Civil Veterinary Dept. Bombay admin report 1914-1922 - 1914-1922
Year: 1914
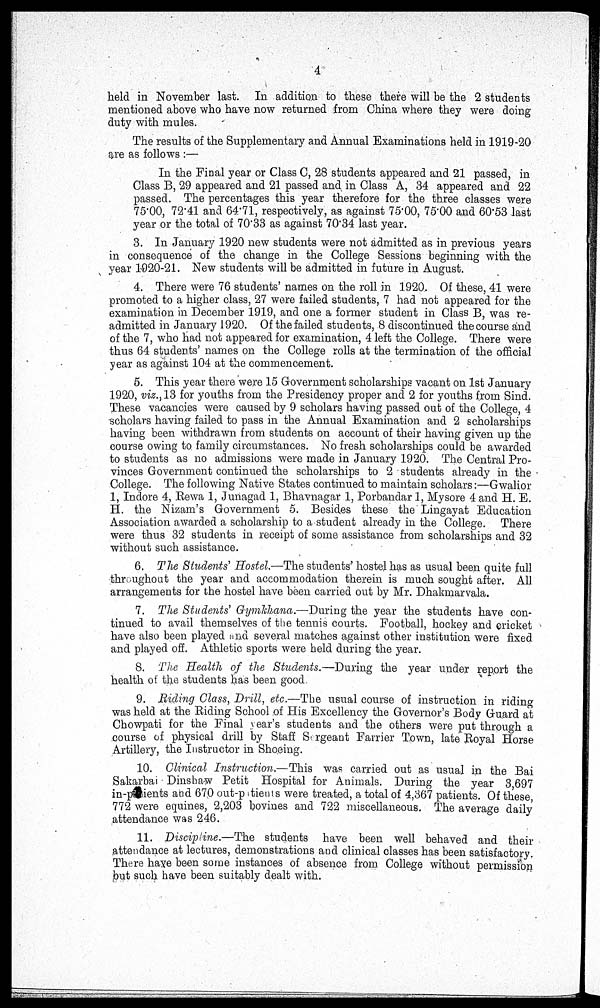
4
held in November last. In addition to these there will be the 2 students
mentioned above who have now returned from China where they were doing
duty with mules.
The results of the Supplementary and Annual Examinations held in 1919-20
are as follows :—
In the Final year or Class C, 28 students appeared and 21 passed, in
Class B, 29 appeared and 21 passed and in Class A, 34 appeared and 22
passed. The percentages this year therefore for the three classes were
75.00, 72.41 and 64.71, respectively, as against 75.00, 75.00 and 60.53 last
year or the total of 70.33 as against 70.34 last year.
3. In January 1920 new students were not admitted as in previous years
in consequence of the change in the College Sessions beginning with the
year 1920-21. New students will be admitted in future in August.
4. There were 76 students' names on the roll in 1920. Of these, 41 were
promoted to a higher class, 27 were failed students, 7 had not appeared for the
examination in December 1919, and one a former student in Class B, was re-
admitted in January 1920. Of the failed students, 8 discontinued the course and
of the 7, who had not appeared for examination, 4 left the College. There were
thus 64 students' names on the College rolls at the termination of the official
year as against 104 at the commencement.
5. This year there were 15 Government scholarships vacant on 1st January
1920, viz.,13 for youths from the Presidency proper and 2 for youths from Sind.
These vacancies were caused by 9 scholars having passed out of the College, 4
scholars having failed to pass in the Annual Examination and 2 scholarships
having been withdrawn from students on account of their having given up the
course owing to family circumstances. No fresh scholarships could be awarded
to students as no admissions were made in January 1920. The Central Pro-
vinces Government continued the scholarships to 2 students already in the
College. The following Native States continued to maintain scholars:—Gwalior
1, Indore 4, Rewa 1, Junagad 1, Bhavnagar 1, Porbandar 1, Mysore 4 and H. E.
H. the Nizam's Government 5. Besides these the Lingayat Education
Association awarded a scholarship to a student already in the College. There
were thus 32 students in receipt of some assistance from scholarships and 32
without such assistance.
6. The Students' Hostel.—The students' hostel has as usual been quite full
throughout the year and accommodation therein is much sought after. All
arrangements for the hostel have been carried out by Mr. Dhakmarvala.
7. The Students' Gymkhana.—During the year the students have con-
tinued to avail themselves of the tennis courts. Football, hockey and cricket
have also been played and several matches against other institution were fixed
and played off. Athletic sports were held during the year.
8. The Health of the Students.—During
the year under report the
health of the students has been good
9. Riding Class, Drill, etc.—The usual course of instruction in riding-
was held at the Riding School of His Excellency the Governor's Body Guard at
Chowpati for the Final year's students and the others were put through a
course of physical drill by Staff Surgeant Farrier Town, late Royal Horse
Artillery, the Instructor in Shoeing.
10. Clinical Instruction.—This
was carried out as usual in the Bai
Sakarbai Dinshaw Petit Hospital for Animals. During the year 3,697
in-patients and 670 out-patients were treated, a total of 4,367 patients. Of these,
772 were equines, 2,203 bovines and 722 miscellaneous. The average daily
attendance was 246.
11. Discipline.—The
students have been well behaved and their
attendance at lectures, demonstrations and clinical classes has been satisfactory.
There have been some instances of absence from College without permission
but such have been suitably dealt with.